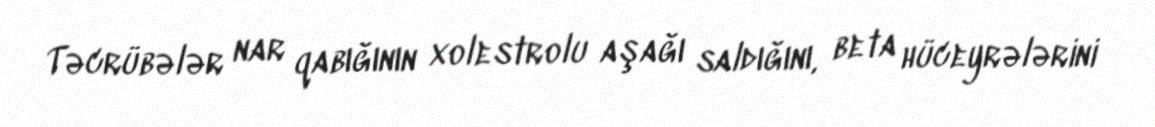
Təcrübələr nar qabığının xolestrolu aşağı saldığını, beta hüceyrələrini